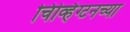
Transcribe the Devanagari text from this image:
चिव्हिंग्टनच्या